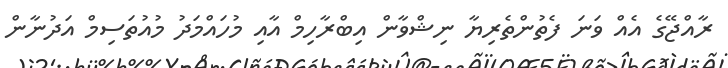
ރާއްޖޭގެ އެއް ވަނަ ފެތުންތެރިޔާ ނިޝްވާން އިބްރާހިމް އާއި މުހައްމަދު މުއުތަސިމް އަދުނާން